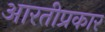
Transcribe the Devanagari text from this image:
आरतीप्रकार